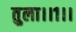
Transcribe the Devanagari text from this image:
तुला।।१।।